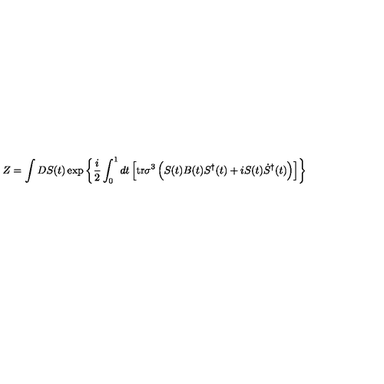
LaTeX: Z = \int D S ( t ) \exp \left\{ \frac { i } { 2 } \int _ { 0 } ^ { 1 } d t \left[ \mathrm { t r } \sigma ^ { 3 } \left( S ( t ) B ( t ) S ^ { \dag } ( t ) + i S ( t ) \dot { S } ^ { \dag } ( t ) \right) \right] \right\}